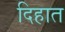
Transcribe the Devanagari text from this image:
दिहात